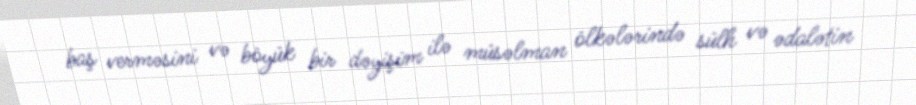
baş verməsini və böyük bir dəyişim ilə müsəlman ölkələrində sülh və ədalətin